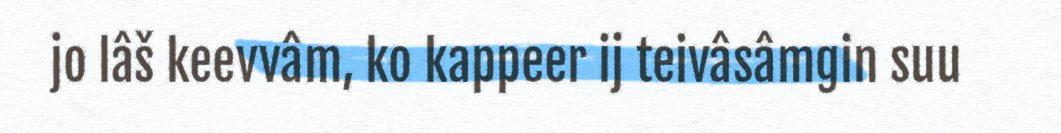
jo lâš keevvâm, ko kappeer ij teivâsâmgin suu